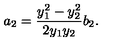
a _ { 2 } = \frac { y _ { 1 } ^ { 2 } - y _ { 2 } ^ { 2 } } { 2 y _ { 1 } y _ { 2 } } b _ { 2 } .